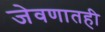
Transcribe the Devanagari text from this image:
जेवणातही